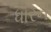
ધારન